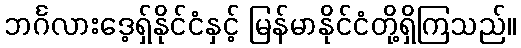
ဘင်္ဂလားဒေ့ရှ်နိုင်ငံနှင့် မြန်မာနိုင်ငံတို့ရှိကြသည်။